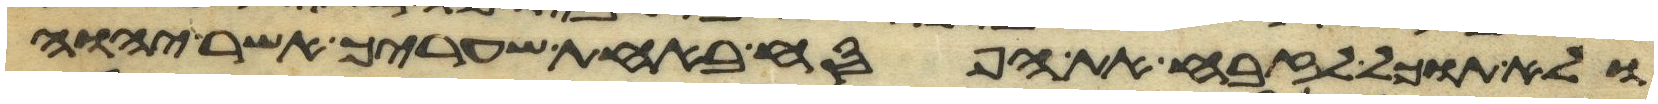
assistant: ולא תוכל לזבח את הפסח באחת שעריך אשר יהוה